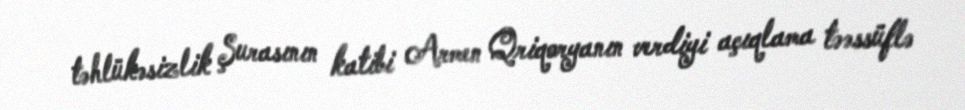
təhlükəsizlik Şurasının katibi Armen Qriqoryanın verdiyi açıqlama təəssüflə